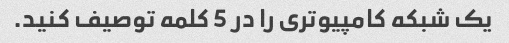
یک شبکه کامپیوتری را در 5 کلمه توصیف کنید.